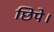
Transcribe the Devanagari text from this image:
छिपे।